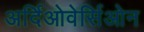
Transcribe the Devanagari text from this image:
अर्दिओवेर्सिओन